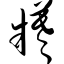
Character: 牺